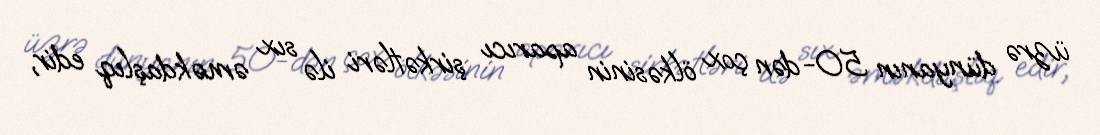
üzrə dünyanın 50-dən çox ölkəsinin aparıcı şirkətləri ilə sıx əməkdaşlıq edir,